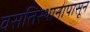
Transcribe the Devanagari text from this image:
वसतिस्थानापासून